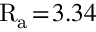
\mathrm { R _ { a } } \! = \! 3 . 3 4